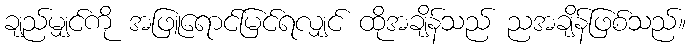
ချည်မျှင်ကို အဖြူရောင်မြင်ရလျှင် ထိုအချိန်သည် ညအချိန်ဖြစ်သည်။